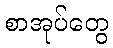
စာအုပ်တွေ